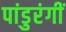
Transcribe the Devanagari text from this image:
पांडुरंगीं